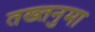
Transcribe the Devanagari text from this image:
तख्तनुमा